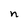
Character: n